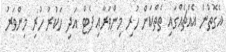
އެގޮތުން އެއްޗެއްގައި ތެތްކަން ހުރި މިންވަރާއި ފެޓް އަދި ހަކުރު ހުރި މިންވަރު